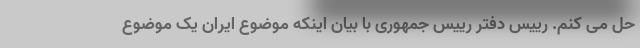
حل می کنم. رییس دفتر رییس جمهوری با بیان اینکه موضوع ایران یک موضوع